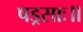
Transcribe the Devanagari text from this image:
षड्रसाः॥